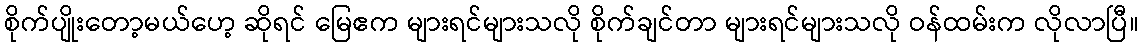
စိုက်ပျိုးတော့မယ်ဟေ့ ဆိုရင် မြေဧက များရင်များသလို စိုက်ချင်တာ များရင်များသလို ဝန်ထမ်းက လိုလာပြီ။